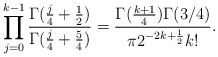
LaTeX: \begin{align*}\prod_{j=0}^{k-1}\frac{\Gamma(\frac{j}{4}+\frac{1}{2})}{\Gamma(\frac{j}{4}+\frac{5}{4})}= \frac{\Gamma(\frac{k+1}{4})\Gamma(3/4)}{\pi 2^{-2k+\frac{1}{2}} k!}.\end{align*}